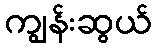
ကျွန်းဆွယ်